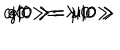
LaTeX: c \vert 0 > = \lambda \vert 0 > \hspace { 1 c m } e \vert 0 > = \mu \vert 0 > \hspace { 1 c m } g \vert 0 > = \nu \vert 0 >